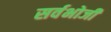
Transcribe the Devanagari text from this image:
सर्वभोजी